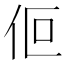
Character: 𬽯